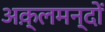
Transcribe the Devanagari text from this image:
अक़्लमन्दों